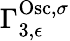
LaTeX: \Gamma_{3,\epsilon}^{\mathrm{Osc},\sigma}